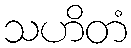
သဟိတံ